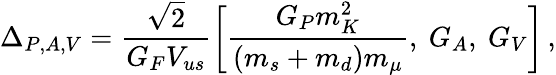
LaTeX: \Delta_{P,A,V}={\frac{\sqrt 2}{G_{F}V_{us}}}\bigg[{\frac{G_{P}m_{K}^{2}}{(m_{s}+m_{d})m_{\mu}}},~G_{A},~G_{V}\bigg]\, ,